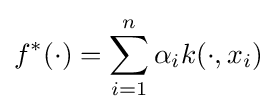
f^{*}(\cdot )=\sum _{i=1}^{n}\alpha _{i}k(\cdot ,x_{i})